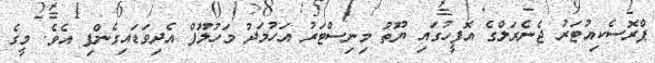
ޕްރޮސެކިއުޓަރު ޖެނެރަލްގެ އޮފީހުގައި ޔޫތު މިނިސްޓަރު އަހުމަދު މަހުލޫފް އެދިވަޑައިގެންފި އެވެ. މީގެ